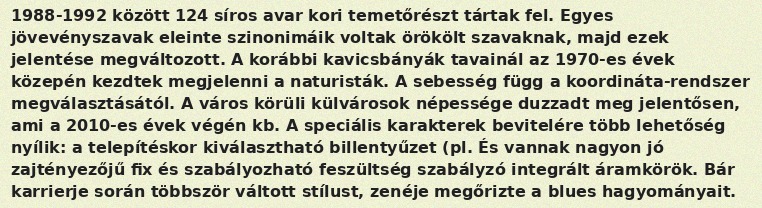
1988-1992 között 124 síros avar kori temetőrészt tártak fel. Egyes jövevényszavak eleinte szinonimáik voltak örökölt szavaknak, majd ezek jelentése megváltozott. A korábbi kavicsbányák tavainál az 1970-es évek közepén kezdtek megjelenni a naturisták. A sebesség függ a koordináta-rendszer megválasztásától. A város körüli külvárosok népessége duzzadt meg jelentősen, ami a 2010-es évek végén kb. A speciális karakterek bevitelére több lehetőség nyílik: a telepítéskor kiválasztható billentyűzet (pl. És vannak nagyon jó zajtényezőjű fix és szabályozható feszültség szabályzó integrált áramkörök. Bár karrierje során többször váltott stílust, zenéje megőrizte a blues hagyományait.